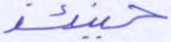
حينئذ